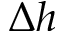
\Delta h